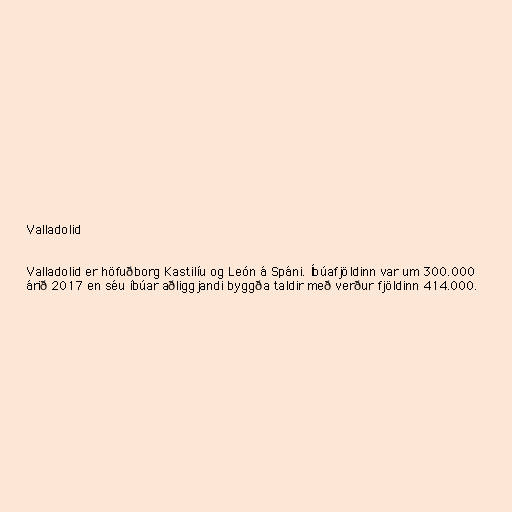
Valladolid

Valladolid er höfuðborg Kastilíu og León á Spáni. Íbúafjöldinn var um 300.000
árið 2017 en séu íbúar aðliggjandi byggða taldir með verður fjöldinn 414.000.